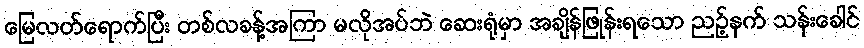
မြေလတ်ရောက်ပြီး တစ်လခန့်အကြာ မလိုအပ်ဘဲ ဆေးရုံမှာ အချိန်ဖြုန်းရသော ညဉ့်နက် သန်းခေါင်